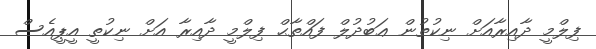
ފިލްމީ ދާއިރާއަށް ނިކުތުން ޢަބުދުލް ފައްތާޙް ފިލްމީ ދާއިރާ އަށް ނިކުތީ އީޕީއެސް